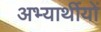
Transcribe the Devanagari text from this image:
अभ्यार्थीयों